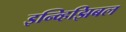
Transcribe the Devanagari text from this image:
इन्व्हिझिबल